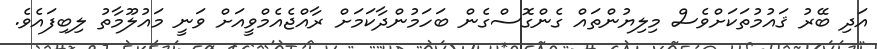
އަދި ބޭރު ޤައުމުތަކަށްވެސް މިލިޔުންތައް ގެންގޮސްގެން ބަހަމުންދާކަމަށް ރާއްޖެއެމްވީއަށް ވަނީ މައުލޫމާތު ލިބިފައެވެ.